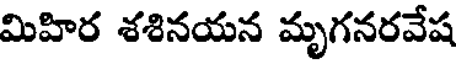
మిహిర శశినయన మృగనరవేష